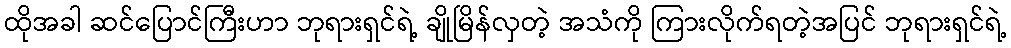
ထိုအခါ ဆင်ပြောင်ကြီးဟာ ဘုရားရှင်ရဲ့ ချိုမြိန်လှတဲ့ အသံကို ကြားလိုက်ရတဲ့အပြင် ဘုရားရှင်ရဲ့